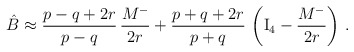
\begin{align*}\hat B \approx {p -q +2r \over p-q} \, {M^- \over 2r} + {p +q +2r \over p+q} \,\left({\rm I}_4- {M^- \over 2r}\right) \, .\end{align*}